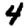
Digit: 4